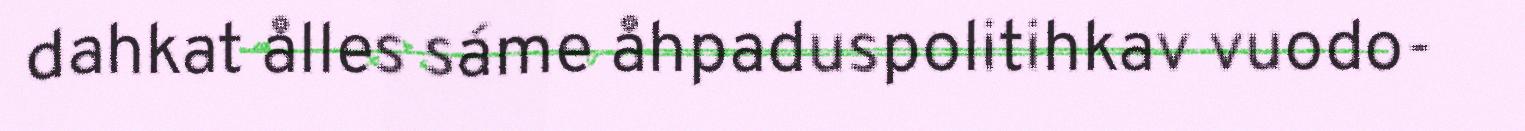
dahkat ålles sáme åhpaduspolitihkav vuodo-